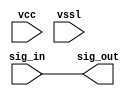
// SPDX-License-Identifier: Apache-2.0
// Copyright (C) 2019 Intel Corporation. All rights reserved
// Library - aibcr_lib, Cell - aibcr_data_buf, View - schematic
// LAST TIME SAVED: May 13 16:50:54 2015
// NETLIST TIME: Jun  3 09:30:55 2015
// `timescale 1ns / 1ns 

module aibcr3_data_buf ( sig_out, sig_in, vcc, vssl );

output  sig_out;

input  sig_in, vcc, vssl;

wire sig_out, sig_in;


// specify 
//     specparam CDS_LIBNAME  = "aibcr_lib";
//     specparam CDS_CELLNAME = "aibcr_data_buf";
//     specparam CDS_VIEWNAME = "schematic";
// endspecify

assign sig_out = sig_in;

endmodule